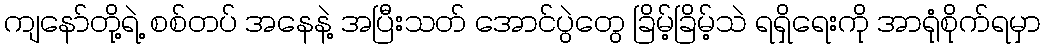
ကျနော်တို့ရဲ့ စစ်တပ် အနေနဲ့ အပြီးသတ် အောင်ပွဲတွေ ခြိမ့်ခြိမ့်သဲ ရရှိရေးကို အာရုံစိုက်ရမှာ